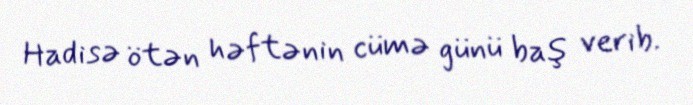
Hadisə ötən həftənin cümə günü baş verib.